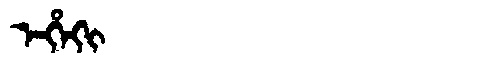
Manchu: ᡝᡥᡝᡴᡳ
Romanization: EHEKI